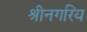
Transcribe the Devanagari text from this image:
श्रीनगरिय